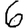
Digit: 6